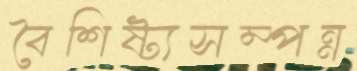
বৈশিষ্ট্যসম্পন্ন